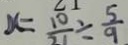
x = \frac { 1 0 } { 7 1 } \div \frac { 5 } { 9 }